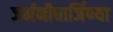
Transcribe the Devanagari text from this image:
जर्मनीधार्जिण्या